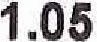
1.05